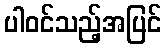
ပါဝင်သည့်အပြင်